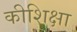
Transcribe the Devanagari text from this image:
कीशिक्षा